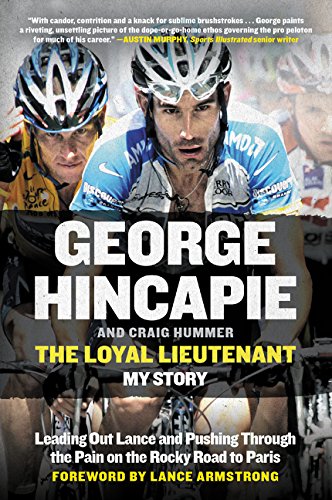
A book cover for The Loyal Lieutenant: Leading Out Lance and Pushing Through the Pain on the Rocky Road to Paris; George Hincapie; Sports & Outdoors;